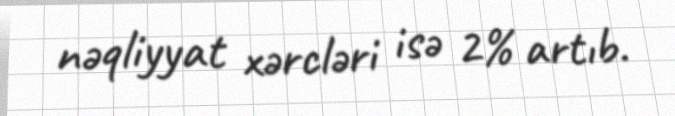
nəqliyyat xərcləri isə 2% artıb.